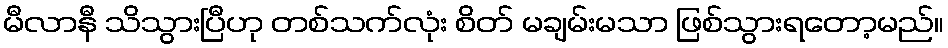
မီလာနီ သိသွားပြီဟု တစ်သက်လုံး စိတ် မချမ်းမသာ ဖြစ်သွားရတော့မည်။